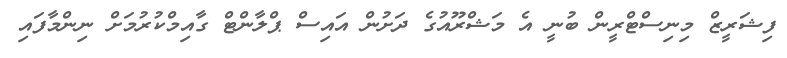
ފިޝަރީޒް މިނިސްޓްރީން ބުނީ އެ މަޝްރޫއުގެ ދަށުން އައިސް ޕްލާންޓް ގާއިމްކުރުމަށް ނިންމާފައި